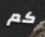
كم